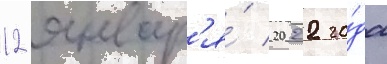
12 январ'я́ 2022 го́да